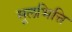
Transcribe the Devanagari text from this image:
मूलभित्ति